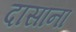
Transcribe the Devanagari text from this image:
दासाना